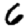
Digit: 6